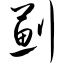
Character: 蓟